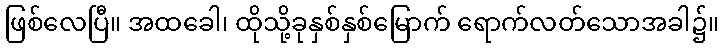
ဖြစ်လေပြီ။ အထခေါ၊ ထိုသို့ခုနှစ်နှစ်မြောက် ရောက်လတ်သောအခါ၌။